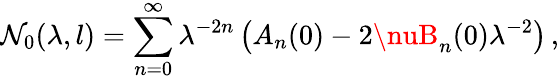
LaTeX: \mathcal{N}_{0}(\lambda,l)=\sum_{n=0}^{\infty}\lambda^{-2n}\left(A_{n}(0)-2\nuB_{n}(0)\lambda^{-2}\right)\, ,